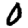
Digit: 0